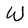
Character: W